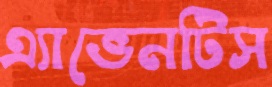
এ্যাভেনটিস